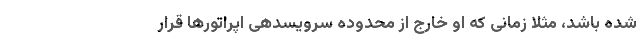
شده باشد، مثلا زمانی که او خارج از محدوده سرویسدهی اپراتورها قرار